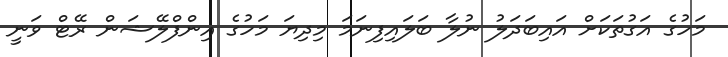
މަހުގެ އަގުތަކަށް އައިބަދަލު ނުލާ ބަލައިފިނަމަ މިދިޔަ މަހުގެ އިންފްލޭޝަން ރޭޓް ވަނީ